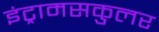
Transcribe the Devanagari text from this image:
इंट्रामसकुलर